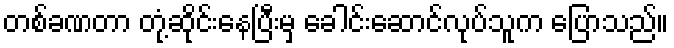
တစ်ခဏတာ တုံ့ဆိုင်းနေပြီးမှ ခေါင်းဆောင်လုပ်သူက ပြောသည်။